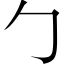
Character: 勹